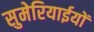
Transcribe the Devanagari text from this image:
सुमेरियाईयों